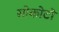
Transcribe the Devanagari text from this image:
सोकोटो